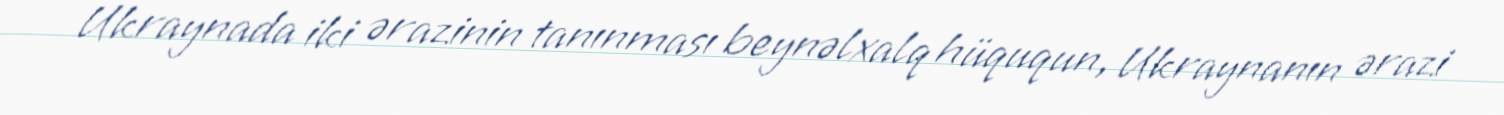
Ukraynada iki ərazinin tanınması beynəlxalq hüququn, Ukraynanın ərazi